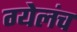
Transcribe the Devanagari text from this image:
ग्येलंच